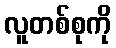
လူတစ်စုကို